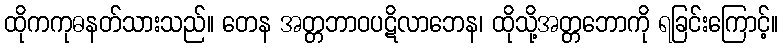
ထိုကကုဓနတ်သားသည်။ တေန အတ္တဘာဝပဋိလာဘေန၊ ထိုသို့အတ္တဘောကို ရခြင်းကြောင့်။